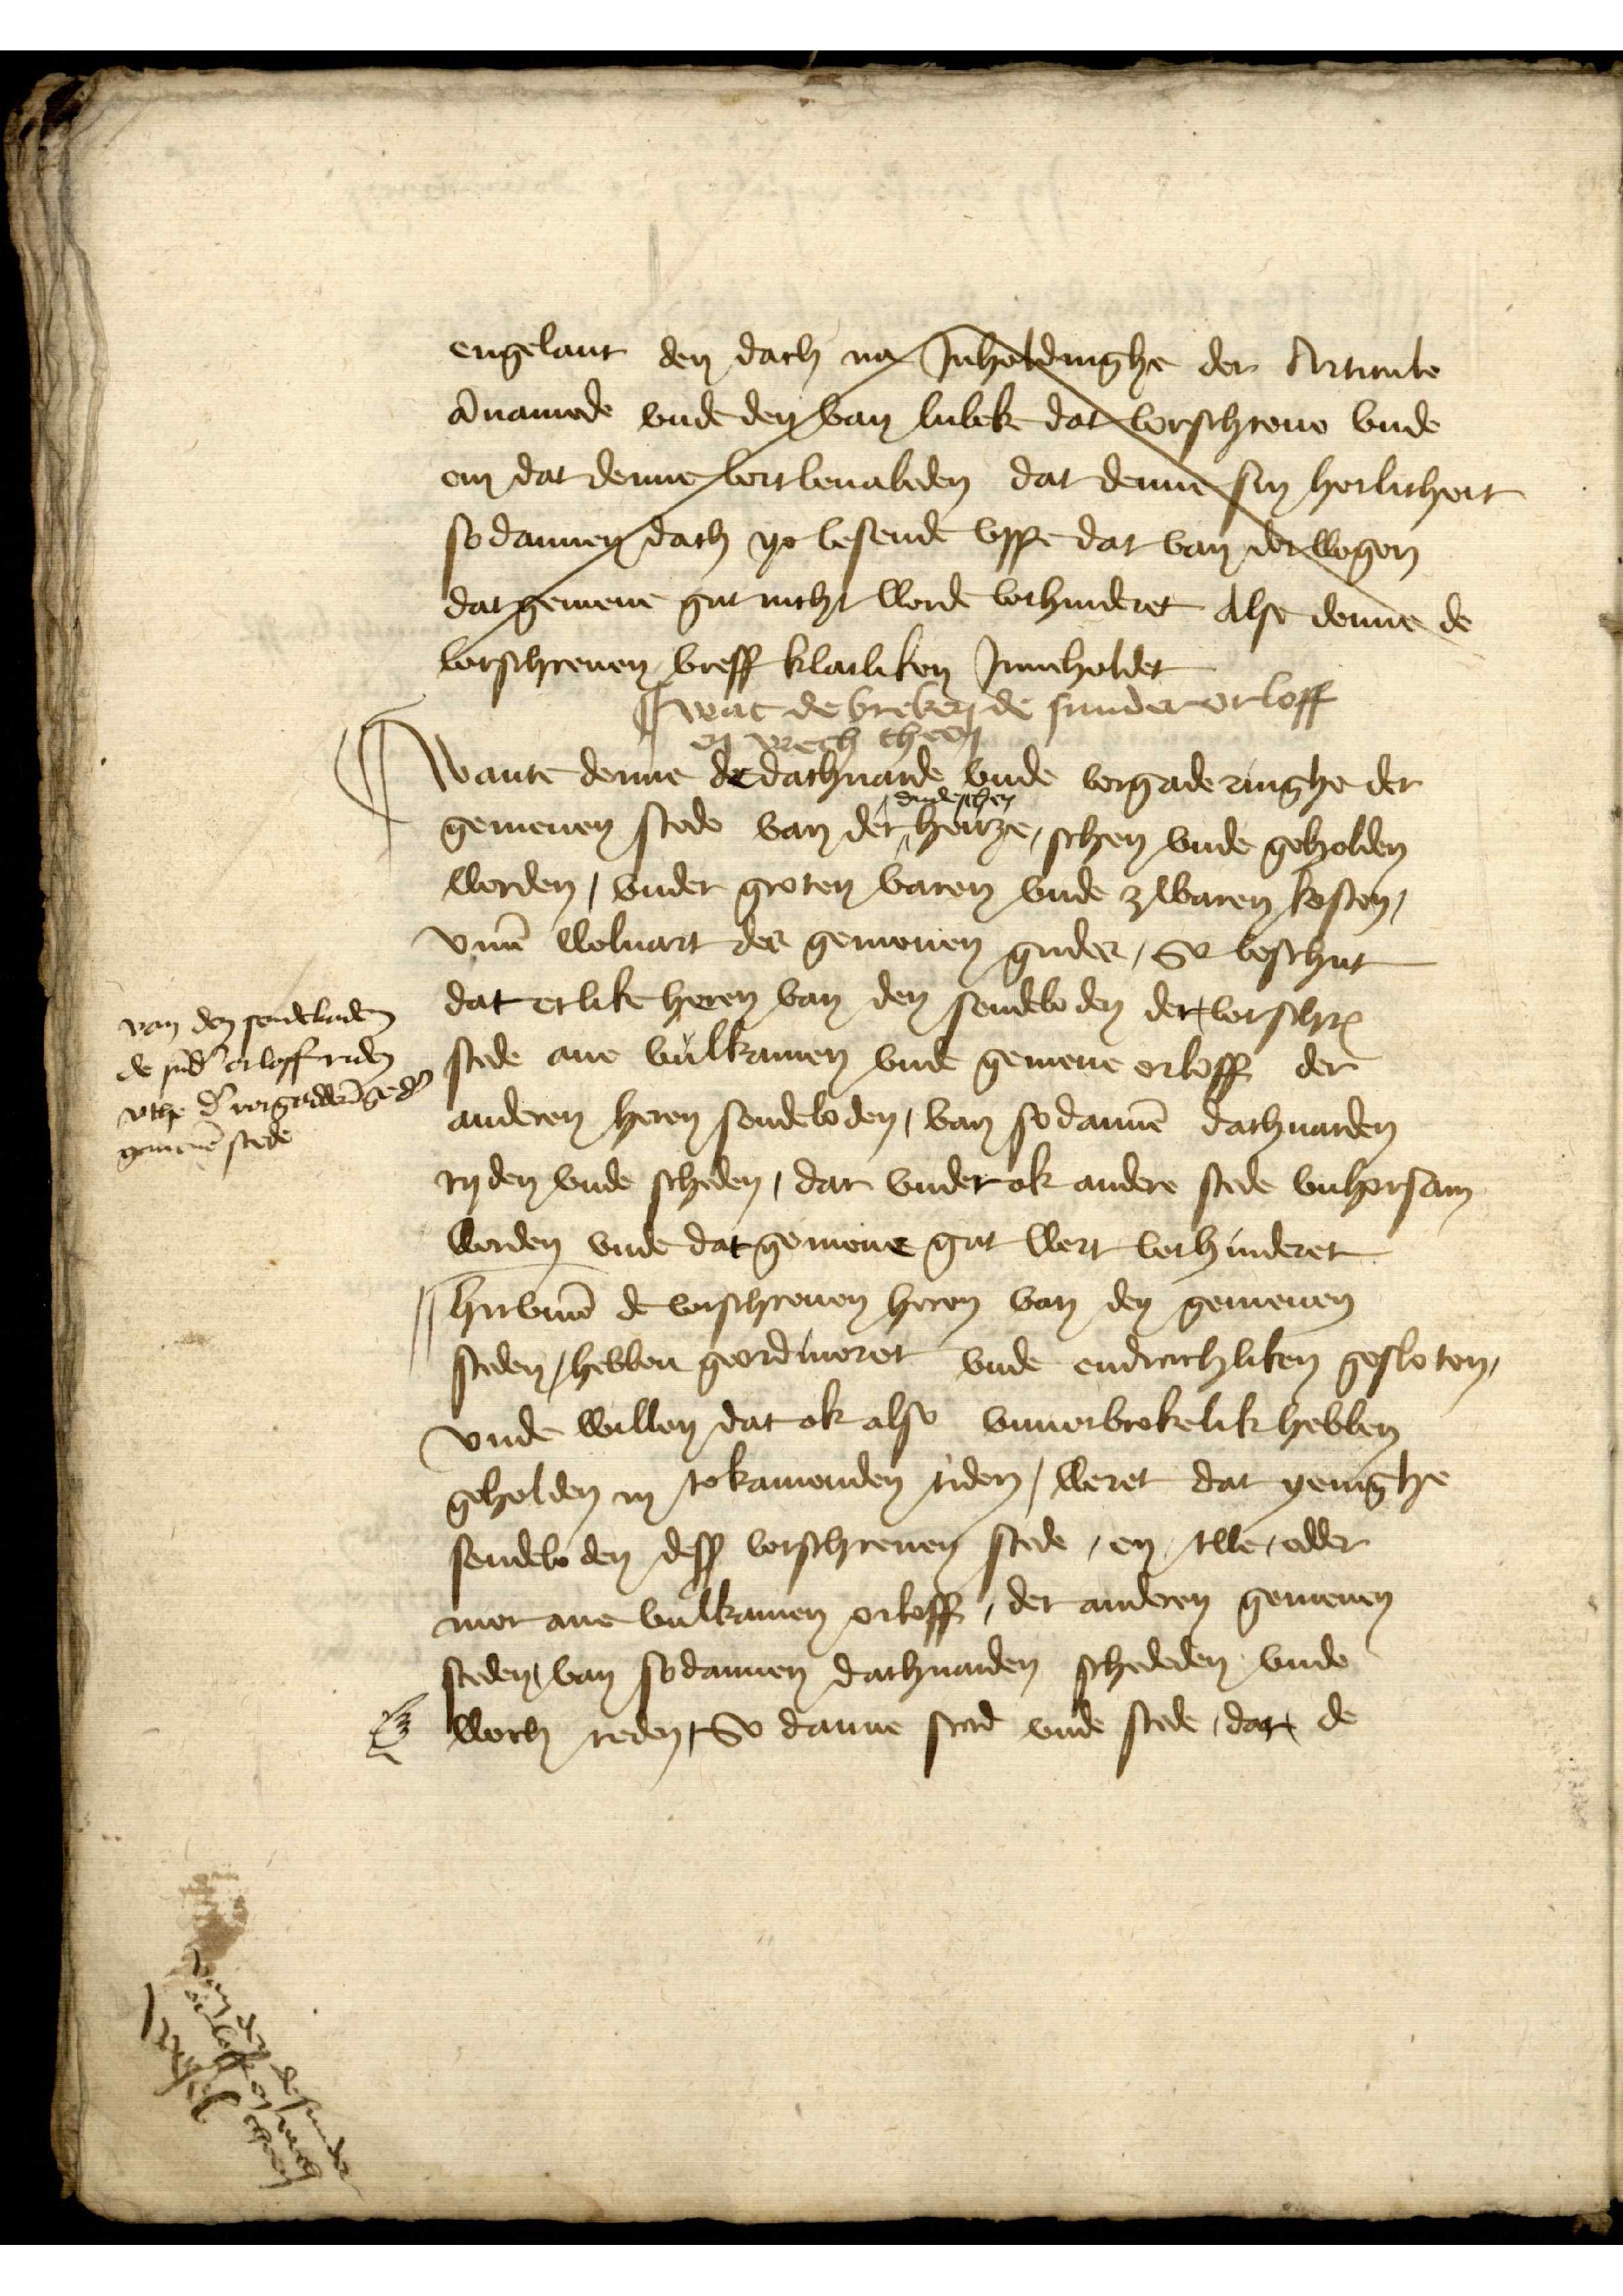
engelant den dach na Inholdinghe der Artutruto
a namede vnd den van Lubek dar vorschreuen vnde
em dar denne vor beualen dat denne sin herlicheit
so dannen dach yo lesende vppe dar van der wegen
da gemenen gut nicht worden vorhindert also danne de 
rslreuen, breff klaileken Jnnholder
wat de breken de sunder orloff
en wech theen
Wante denne de dachuarde vnde vorgaderinghe der
gemenen stede van der dudeschen hense, schen vnde geholden
worden, vnder groten varen vnde zwaren kosten
v̄me Woluart des gemenen gudes, So beschut
dat etlike heren van, der sendebaden der vorschrꝬ
stede ane vulkamen vnde gemene orloff der
anderen heren sendeboden, van sodannē dachuarden
ryden vnde scheden, dar vnder ok andere stede vnhorsam
worden vnde dat gemene gut wert vorhinderet
hirv̄me de vorschreuen heren van den gemenen
steden hebben geordineret vnde endrachtliken gesloten,
vnde willen, dat ok also vnverbrekelik hebben
geholden in tokamenden, tiden, weret dat yenighe
sendeboden desß vorschreuen stede, en twe edder
mer ane vulkamen orloff, der anderen gemenen
steden, van sodannen dachuarden schededen vnde
wech reden, So danne stad vnde stede, dar de

van den sendebaden
de sūd̉ orloff riden
vthe d̉ vorgadderīge d̉
gemenē stede

van den de sunder 
orloff en wech
theen
Wesel